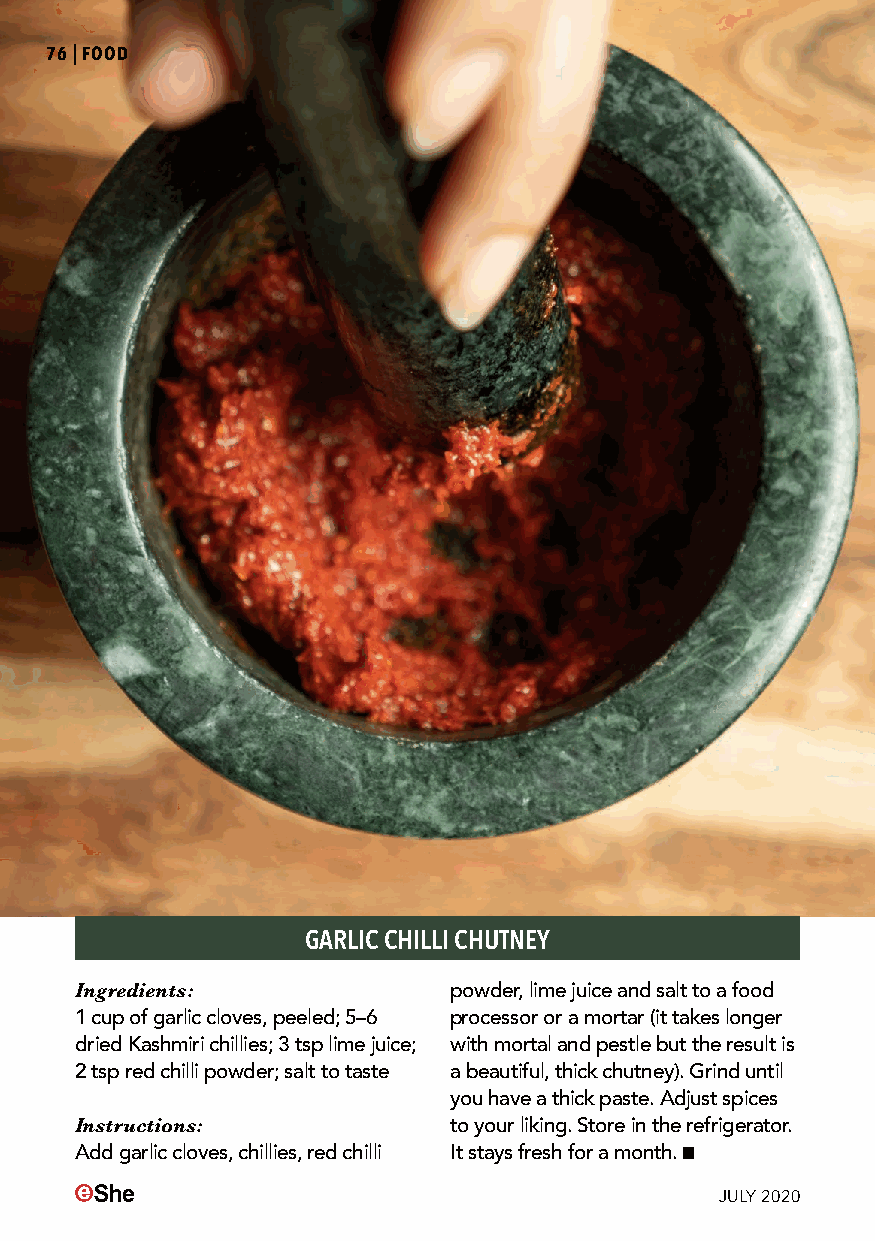
76|FOOD
 GARLIC CHILLI CHUTNEY
 Ingredients:             powder, lime juice and salt to a food
 1 cup of garlic cloves, peeled; 5–6 processor or a mortar (it takes longer
 dried Kashmiri chillies; 3 tsp lime juice; with mortal and pestle but the result is
 2 tsp red chilli powder; salt to taste a beautiful, thick chutney). Grind until
 you have a thick paste. Adjust spices
 Instructions:            to your liking. Store in the refrigerator.
 Add garlic cloves, chillies, red chilli It stays fresh for a month.
 JULY 2020